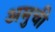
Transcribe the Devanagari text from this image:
अमुची